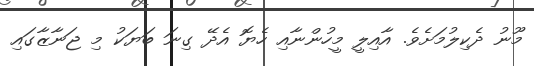
މޫނު ދެކިލުމަށެވެ. އާއިލީ މީހުންނާއި ހެޔޮ އެދޭ ގިނަ ބަޔަކު މި ޖަނާޒާގައި